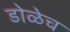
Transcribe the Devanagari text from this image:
डोळेच